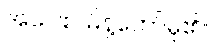
အဝေါစ၊ မိန့်တော်မူ၏။